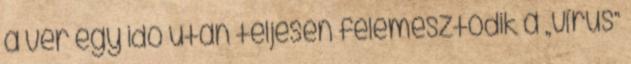
a vér egy idő után teljesen felemésztődik a „vírus”